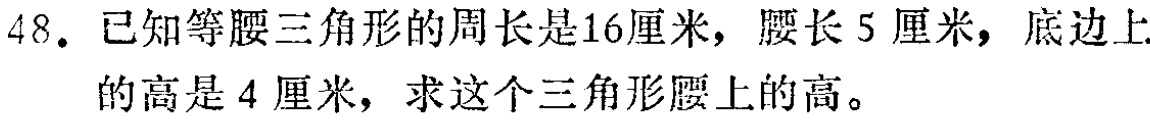
48. 已知等腰三角形的周长是16厘米，腰长5厘米，底边上的高是4厘米，求这个三角形腰上的高。